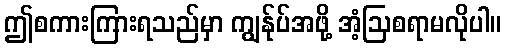
ဤစကားကြားရသည်မှာ ကျွန်ုပ်အဖို့ အံ့ဩစရာမလိုပါ။